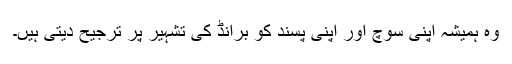
وہ ہمیشہ اپنی سوچ اور اپنی پسند کو برانڈ کی تشہیر پر ترجیح دیتی ہیں۔